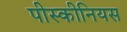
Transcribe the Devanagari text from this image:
पीस्कीनियस